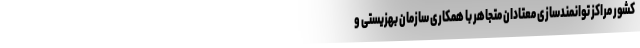
کشور مراکز توانمندسازی معتادان متجاهر با همکاری سازمان بهزیستی و